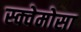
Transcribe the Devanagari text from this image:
स्क्वेमोसा